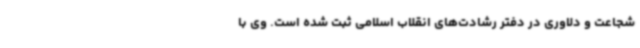
شجاعت و دلاوری در دفتر رشادت‌های انقلاب اسلامی ثبت شده است. وی با